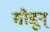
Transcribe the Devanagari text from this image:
सोडून्